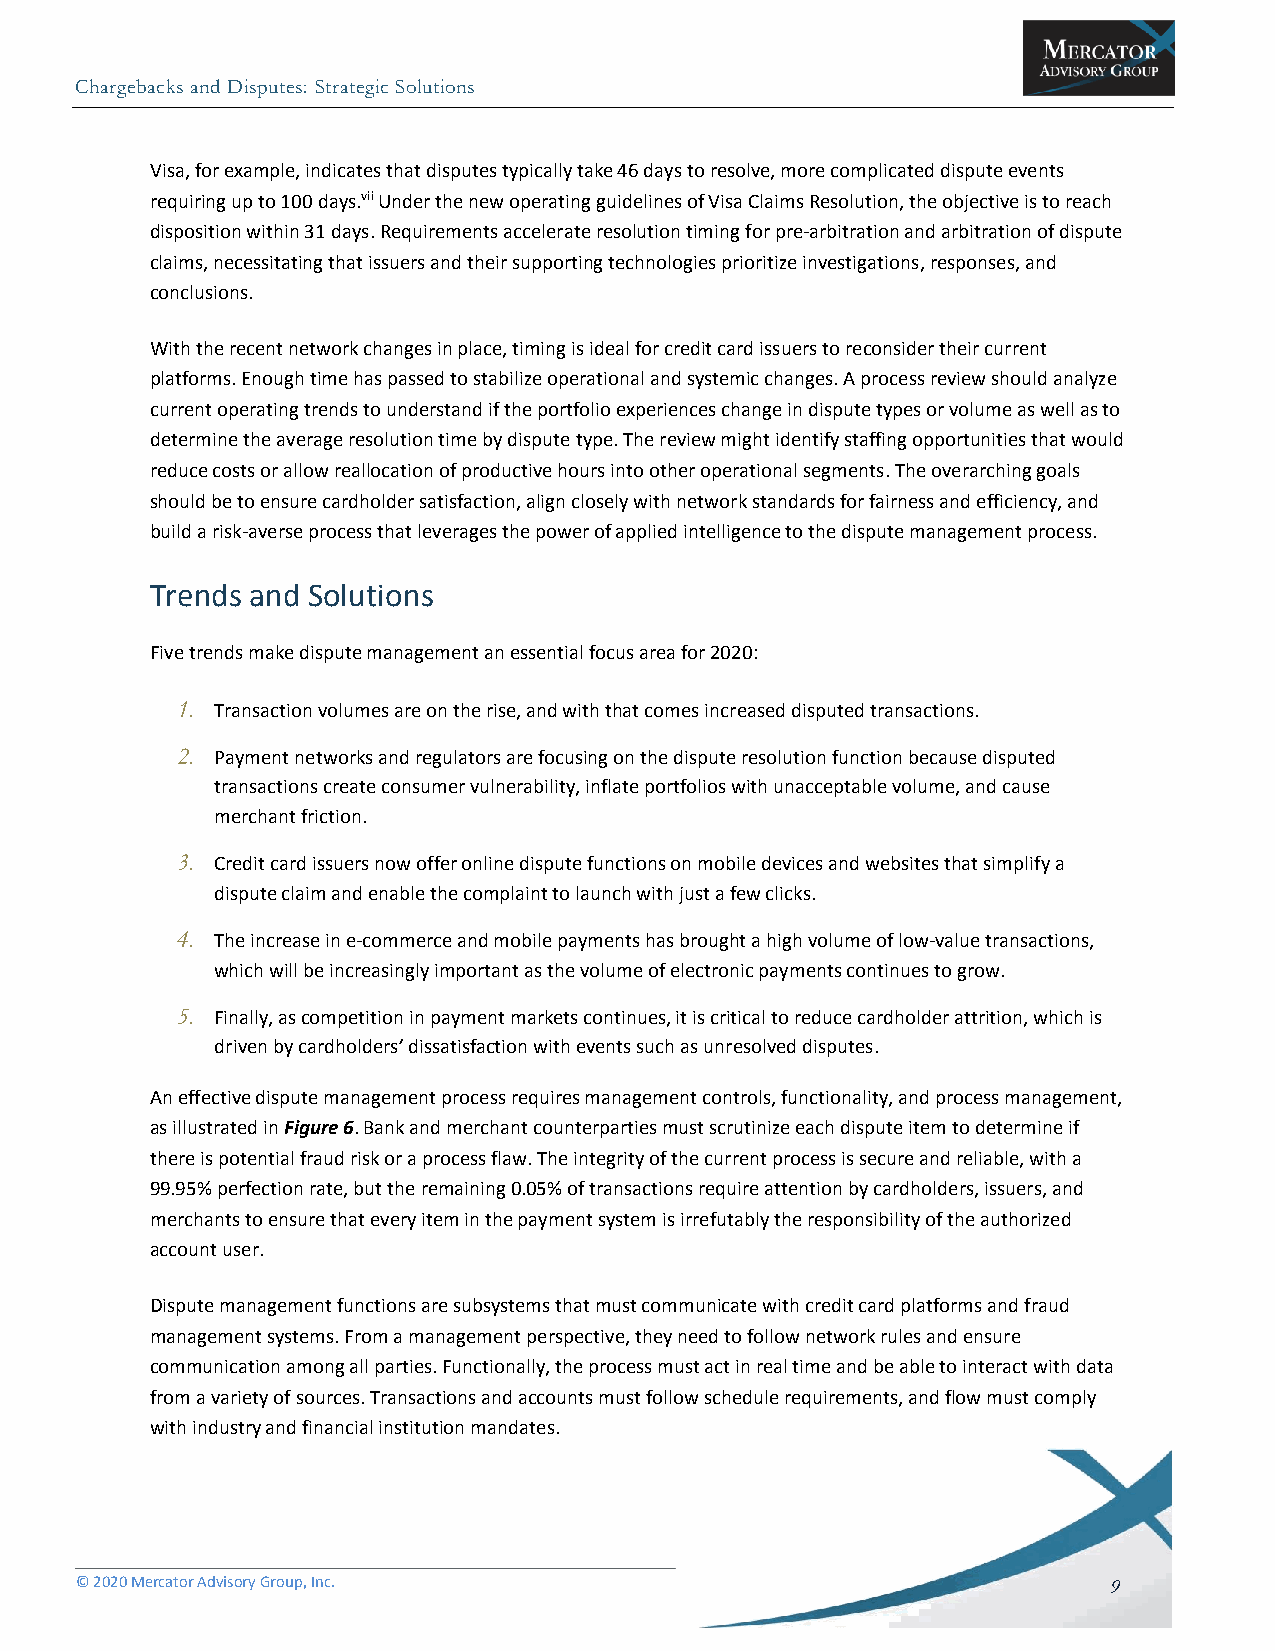
Chargebacks and Disputes: Strategic Solutions
 Visa, for example, indicates that disputes typically take 46 days to resolve, more complicated dispute events
 requiring up to 100 days.vii Under the new operating guidelines of Visa Claims Resolution, the objective is to reach
 disposition within 31 days. Requirements accelerate resolution timing for pre-arbitration and arbitration of dispute
 claims, necessitating that issuers and their supporting technologies prioritize investigations, responses, and
 conclusions.
 With the recent network changes in place, timing is ideal for credit card issuers to reconsider their current
 platforms. Enough time has passed to stabilize operational and systemic changes. A process review should analyze
 current operating trends to understand if the portfolio experiences change in dispute types or volume as well as to
 determine the average resolution time by dispute type. The review might identify staffing opportunities that would
 reduce costs or allow reallocation of productive hours into other operational segments. The overarching goals
 should be to ensure cardholder satisfaction, align closely with network standards for fairness and efficiency, and
 build a risk-averse process that leverages the power of applied intelligence to the dispute management process.
 Trends and Solutions
 Five trends make dispute management an essential focus area for 2020:
 1.
 Transaction volumes are on the rise, and with that comes increased disputed transactions.
 2.
 Payment networks and regulators are focusing on the dispute resolution function because disputed
 transactions create consumer vulnerability, inflate portfolios with unacceptable volume, and cause
 merchant friction.
 3.
 Credit card issuers now offer online dispute functions on mobile devices and websites that simplify a
 dispute claim and enable the complaint to launch with just a few clicks.
 4.
 The increase in e-commerce and mobile payments has brought a high volume of low-value transactions,
 which will be increasingly important as the volume of electronic payments continues to grow.
 5.
 Finally, as competition in payment markets continues, it is critical to reduce cardholder attrition, which is
 driven by cardholders’ dissatisfaction with events such as unresolved disputes.
 An effective dispute management process requires management controls, functionality, and process management,
 as illustrated in Figure 6. Bank and merchant counterparties must scrutinize each dispute item to determine if
 there is potential fraud risk or a process flaw. The integrity of the current process is secure and reliable, with a
 99.95% perfection rate, but the remaining 0.05% of transactions require attention by cardholders, issuers, and
 merchants to ensure that every item in the payment system is irrefutably the responsibility of the authorized
 account user.
 Dispute management functions are subsystems that must communicate with credit card platforms and fraud
 management systems. From a management perspective, they need to follow network rules and ensure
 communication among all parties. Functionally, the process must act in real time and be able to interact with data
 from a variety of sources. Transactions and accounts must follow schedule requirements, and flow must comply
 with industry and financial institution mandates.
 © 2020 Mercator Advisory Group, Inc.                                9